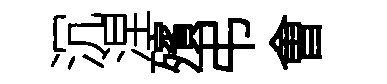
沉涅殯弔㑹